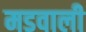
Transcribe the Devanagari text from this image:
मडवाली